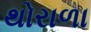
થોરાળા